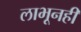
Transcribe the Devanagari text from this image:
लाभूनही